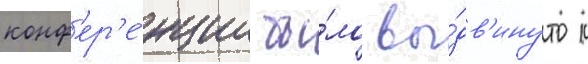
конф'ер'е́нции бы́ло вы́дв'инуто к